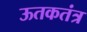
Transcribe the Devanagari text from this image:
ऊतकतंत्र